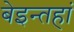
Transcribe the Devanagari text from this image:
बेइन्तहां